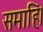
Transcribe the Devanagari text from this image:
समाहिं।